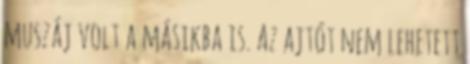
muszáj volt a másikba is. Az ajtót nem lehetett